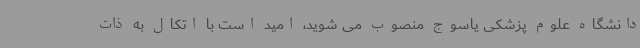
دانشگاه علوم پزشکی یاسوج منصوب می شوید، امید است با اتکال به ذات